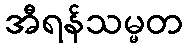
အီရန်သမ္မတ